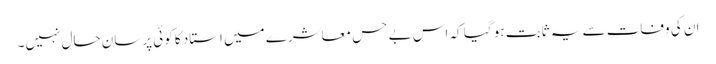
ان کی وفات سے یہ ثابت ہو گیا کہ اس بے حس معاشرے میں استاد کا کوئی پرسان حال نہیں۔